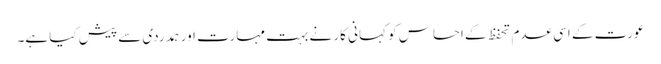
عورت کے اسی عدم تحفظ کے احساس کو کہانی کار نے بہت مہارت اور ہمدردی سے پیش کیا ہے۔